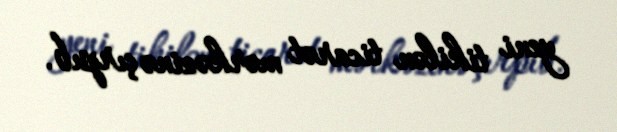
yeni tikilən ticarət mərkəzinə çırpıb.